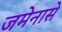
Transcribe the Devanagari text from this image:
जमेनासे